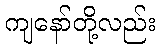
ကျနော်တို့လည်း